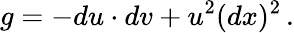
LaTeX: g=-du\cdot dv+u^{2}(dx)^{2}\, .